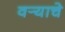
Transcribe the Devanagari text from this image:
वर्‍याचे